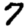
Digit: 7